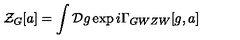
{ \cal Z } _ { G } [ a ] = \int { \cal D } g \exp { i \Gamma _ { G W Z W } [ g , a ] }